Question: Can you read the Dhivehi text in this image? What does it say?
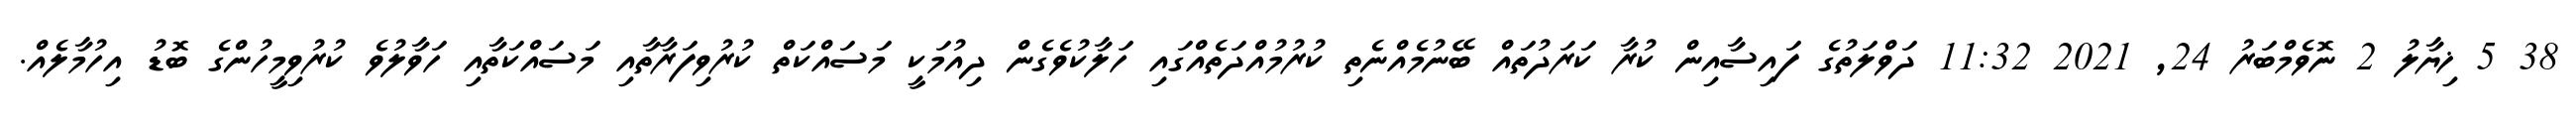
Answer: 38 5 ޚިޔާލު 2 ނޮވެމްބަރު 24, 2021 11:32 ދަވްލަތުގެ ފައިސާއިން ކުރާ ކަރަދުތައް ބޭނުމެއްނެތި ކުރުމުއްދަތެއްގައި ހަލާކުވެގެން ދިއުމަކީ މަސައްކަތް ކުރުވިފަރާތާއި މަސައްކަތާއި ހަވާލުވެ ކުރުވިމީހުންގެ ބޮޑު އިހުމާލެއް.